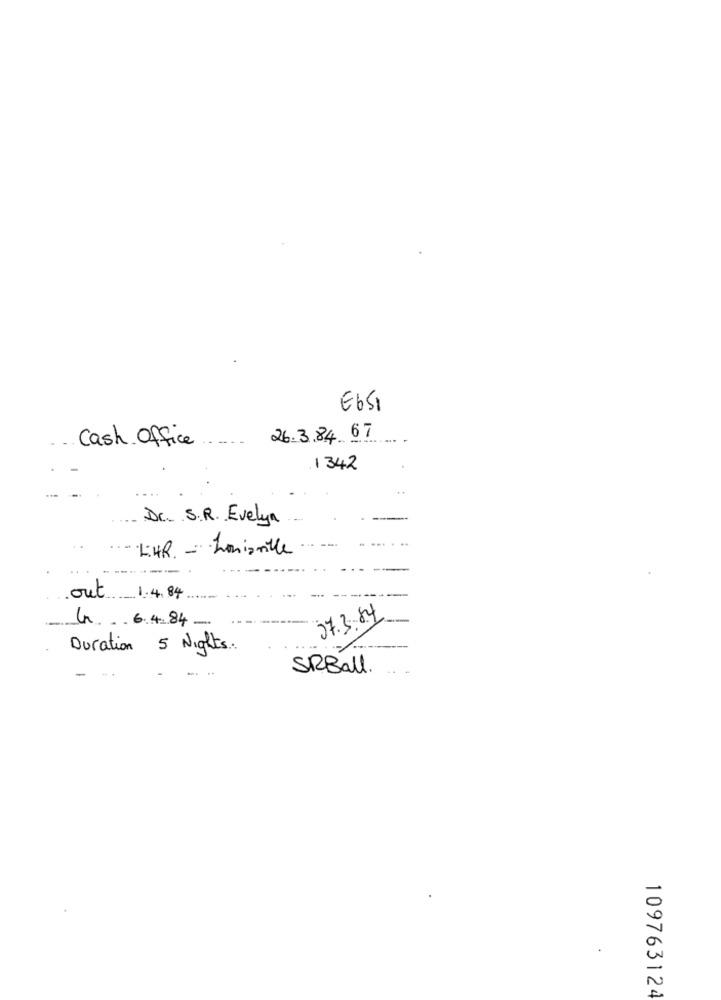
E651
26.3.84 67
Cash Office
1342
Dr. S.R. Evelyn
L:HR. - Louisville
.out
1.4.84
37.3.84
64.84 -
Duration 5 Nights.
-
SRBall.
109763124